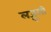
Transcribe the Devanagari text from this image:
लजू़ली